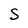
Character: S